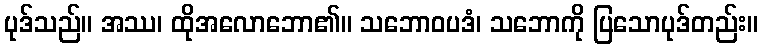
ပုဒ်သည်။ အဿ၊ ထိုအလောဘော၏။ သဘောဝပဒံ၊ သဘောကို ပြသောပုဒ်တည်း။